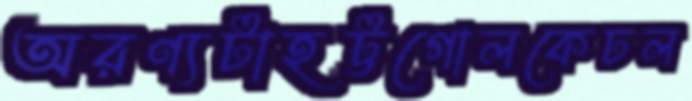
অরণ্যটাহট্টগোলকেঢল